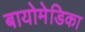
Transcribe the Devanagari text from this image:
बायोमेडिका